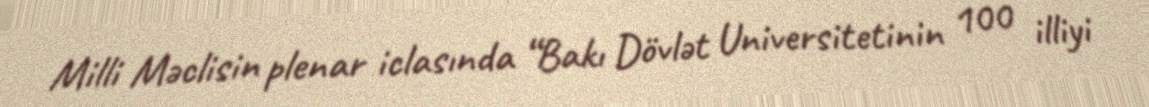
Milli Məclisin plenar iclasında “Bakı Dövlət Universitetinin 100 illiyi